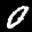
Digit: 0